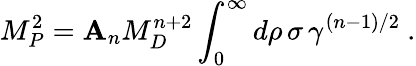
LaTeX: M_{P}^{2}={\cal\mathbf{A}}_{n}M_{D}^{n+2}\int_{0}^{\infty}d\rho\, \sigma\, \gamma^{(n-1)/2}~.